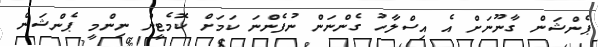
ޕެންޝަން ގާނޫނަށް އެ އިސްލާހު ގެންނަން ނުފެންނަ ކަމަށް ކޮމެޓީން ނިންމީ ޕެންޝަން